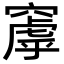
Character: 𬔑